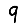
Digit: 9